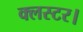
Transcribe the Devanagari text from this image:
क्लस्टर।